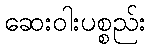
ဆေးဝါးပစ္စည်း